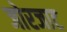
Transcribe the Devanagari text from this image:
जोरजाट